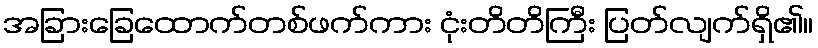
အခြားခြေထောက်တစ်ဖက်ကား ငုံးတိတိကြီး ပြတ်လျက်ရှိ၏။